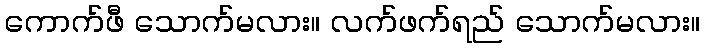
ကောက်ဖီ သောက်မလား။ လက်ဖက်ရည် သောက်မလား။